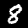
Label: 8